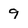
Character: 9